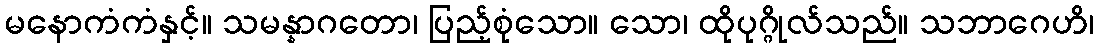
မနောကံကံနှင့်။ သမန္နာဂတော၊ ပြည့်စုံသော။ သော၊ ထိုပုဂ္ဂိုလ်သည်။ သဘာဂေဟိ၊